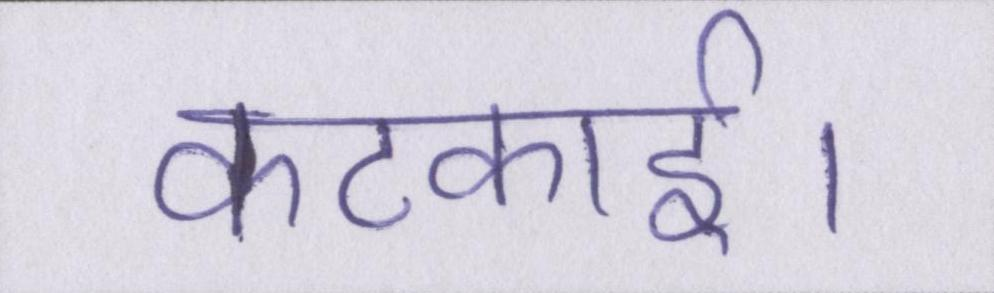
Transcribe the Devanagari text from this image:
कटकाई।